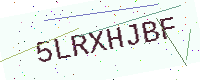
Text: 5LRXHJBF